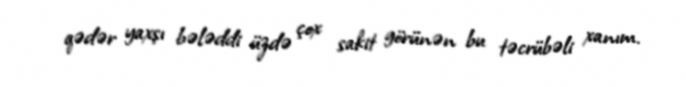
qədər yaxşı bələddi üzdə çox sakit görünən bu təcrübəli xanım.